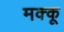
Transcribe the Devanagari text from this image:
मक्‍कू